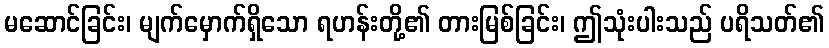
မဆောင်ခြင်း၊ မျက်မှောက်ရှိသော ရဟန်းတို့၏ တားမြစ်ခြင်း၊ ဤသုံးပါးသည် ပရိသတ်၏